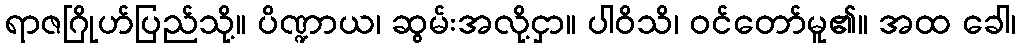
ရာဇဂြိုဟ်ပြည်သို့။ ပိဏ္ဍာယ၊ ဆွမ်းအလို့ငှာ။ ပါဝိသိ၊ ဝင်တော်မူ၏။ အထ ခေါ၊